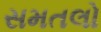
સમતલો